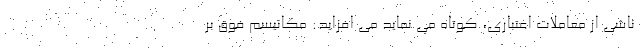
ناشی از معاملات اعتباری، کوتاه می نماید می افزاید: مکانیسم فوق بر